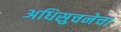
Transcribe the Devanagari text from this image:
अधिसुचनेचा